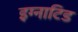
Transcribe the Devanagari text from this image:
इग्नाटिड